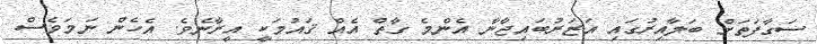
ސަގާފަތަށް ބަލާއިރުގައި އަޒަރުބައިޖާނާ އެންމެ ގާތް އެއް ޤައުމަކީ އީރާނެވެ. އެހެން ނަމަވެސް